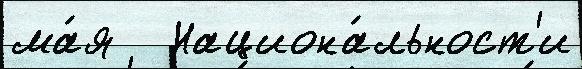
ма́я   Национа́льност'и